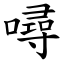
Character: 噚